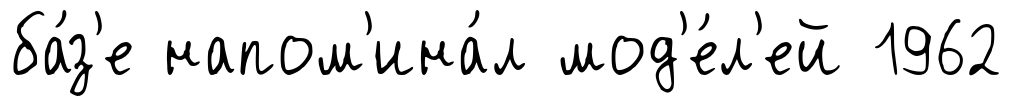
ба́з'е напом'ина́л мод'е́л'ей 1962